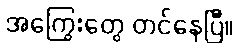
အကြွေးတွေ တင်နေပြီ။